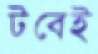
টবেই